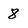
Character: 8